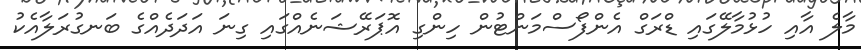
މާލެ އާއި ހުޅުމާލޭގައި ޑްރަގް އެންފޯސްމަންޓުން ހިންގި އޮޕަރޭޝަނެއްގައި ގިނަ އަދަދެއްގެ ބަނގުރަލާއެކު